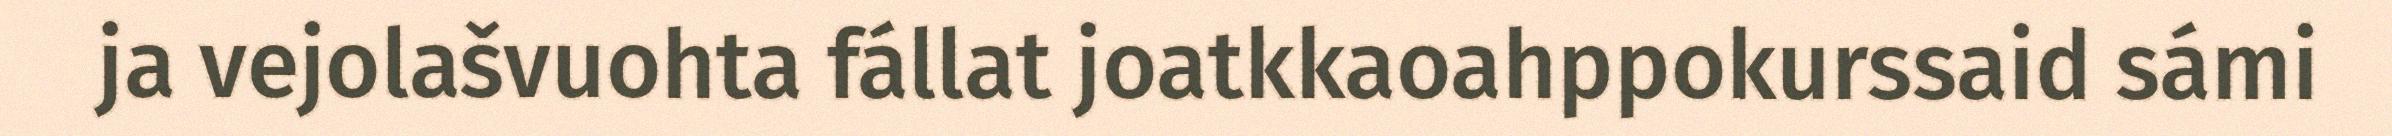
ja vejolašvuohta fállat joatkkaoahppokurssaid sámi